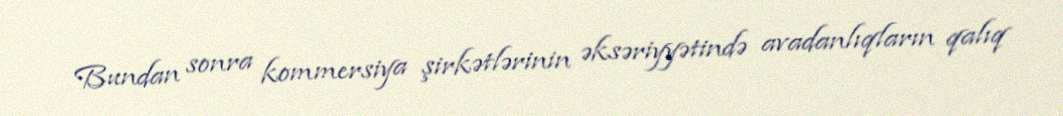
Bundan sonra kommersiya şirkətlərinin əksəriyyətində avadanlıqların qalıq